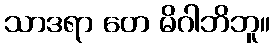
သာဒရာ တေ မိဂါဘိဘူ။